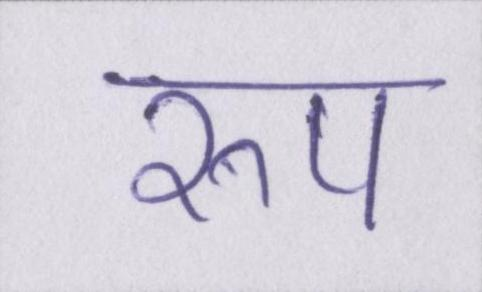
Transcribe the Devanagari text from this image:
रुप